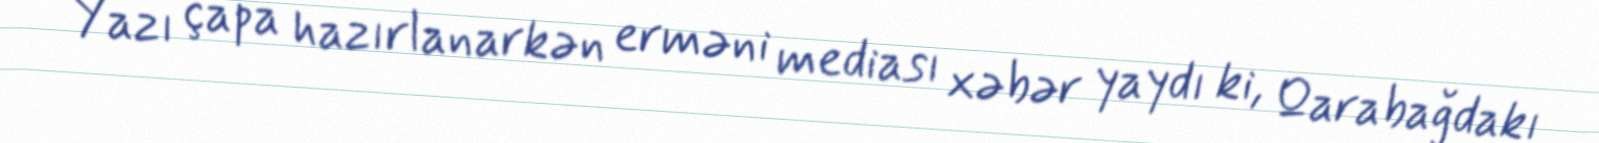
Yazı çapa hazırlanarkən erməni mediası xəbər yaydı ki, Qarabağdakı